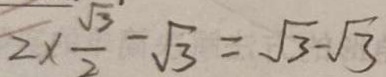
2 \times \frac { \sqrt { 3 } } { 2 } - \sqrt { 3 } = \sqrt { 3 } - \sqrt { 3 }